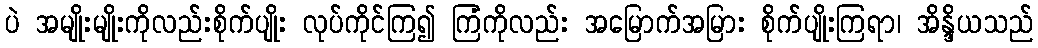
ပဲ အမျိုးမျိုးကိုလည်းစိုက်ပျိုး လုပ်ကိုင်ကြ၍ ကြံကိုလည်း အမြောက်အမြား စိုက်ပျိုးကြရာ၊ အိန္ဒိယသည်